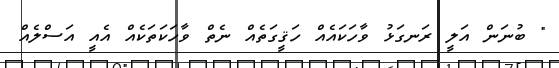
" ބުނަން އަލީ ރަނގަޅު ވާހަކައެއް ހަޤީގަތެއް ނެތް ވާހަކަތަކެއް އެއީ އަސްލެއް